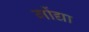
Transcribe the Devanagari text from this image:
गोंद्या